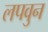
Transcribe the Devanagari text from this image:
लपवुन